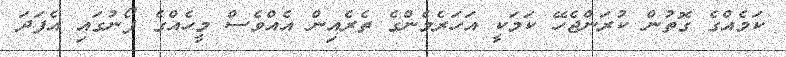
ކަމެއްގެ ގޮތުން ކުރަންޖެހޭ ކަމަކީ އަހަރެމެންގެ ތެރެއިން އެއްވެސް މީހެއްގެ ފޯނުގައި އެފަދަ